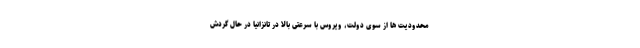
محدودیت ها از سوی دولت، ویروس با سرعتی بالا در تانزانیا در حال گردش